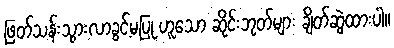
ဖြတ်သန်းသွားလာခွင့်မပြု ဟူသော ဆိုင်းဘုတ်များ ချိတ်ဆွဲထားပါ။